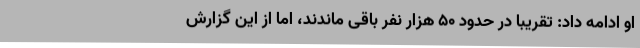
او ادامه داد: تقریبا در حدود ۵۰ هزار نفر باقی ماندند، اما از این گزارش